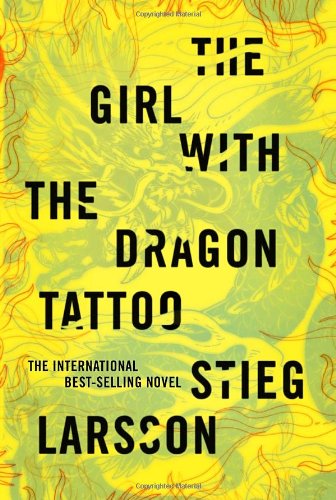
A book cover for The Girl with the Dragon Tattoo (Millennium Series); Stieg Larsson; Mystery, Thriller & Suspense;